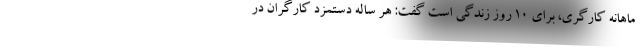
ماهانه کارگری، برای ۱۰ روز زندگی است گفت: هر ساله دستمزد کارگران در